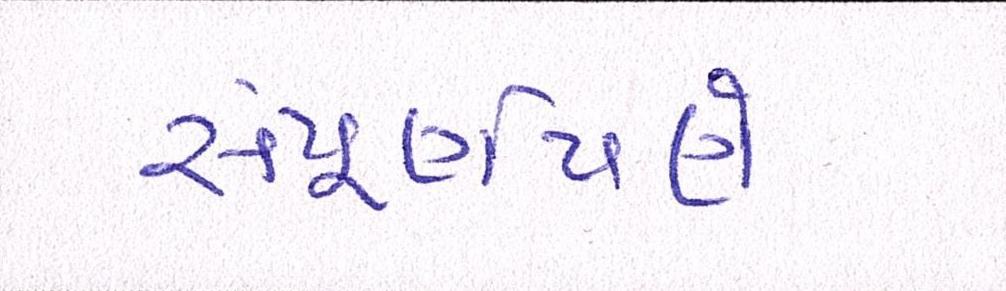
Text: સંપૂર્ણપણે